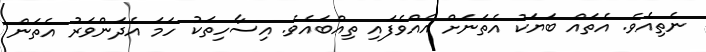
ނެތިއެވެ. އެތައް ބަޔަކު އެތަނަށް އެއްވެފައި ތިއްބައެވެ. އިސާހިތަކު ހަމަ އެދަންވަރު އެތަން